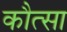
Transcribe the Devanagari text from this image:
कौत्सा